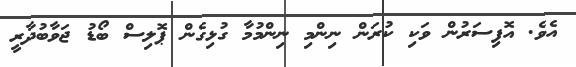
އެވެ. އޮފިސަރުން ވަކި ކުރަން ނިންމި ނިންމުމާ ގުޅިގެން ޕޮލިސް ބޯޑު ޖަވާބުދާރީ